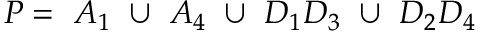
P = ~ A _ { 1 } ~ \cup ~ A _ { 4 } ~ \cup ~ D _ { 1 } D _ { 3 } ~ \cup ~ D _ { 2 } D _ { 4 }